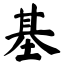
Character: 基